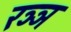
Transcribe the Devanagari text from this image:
रञ्ञ